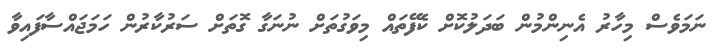
ނަމަވެސް މިހާރު އެނިންމުން ބަދަލުކޮށް ކެފޭތައް މިވަގުތަށް ނުނަގާ ގޮތަށް ސަރުކާރުން ހަމަޖައްސާފައިވާ